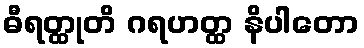
ဓီရတ္ထုတိ ဂရဟတ္ထ နိပါတော